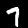
Label: 7